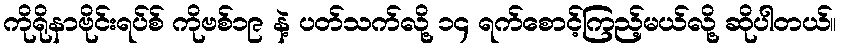
ကိုရိုနာဗိုင်းရပ်စ် ကိုဗစ်၁၉ နဲ့ ပတ်သက်လို့ ၁၄ ရက်စောင့်ကြည့်မယ်လို့ ဆိုပါတယ်။